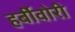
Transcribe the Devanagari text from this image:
हर्बीवोरी